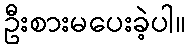
ဦးစားမပေးခဲ့ပါ။